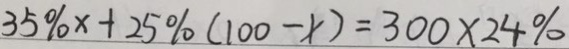
3 5 \% x + 2 5 \% ( 1 0 0 - x ) = 3 0 0 \times 2 4 \%